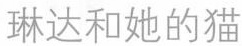
琳达和她的猫